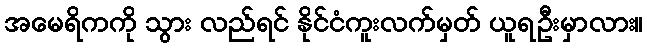
အမေရိကကို သွား လည်ရင် နိုင်ငံကူးလက်မှတ် ယူရဦးမှာလား။